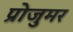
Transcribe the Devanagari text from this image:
प्रोजुमर